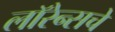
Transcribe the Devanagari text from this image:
लॉरेन्सचे